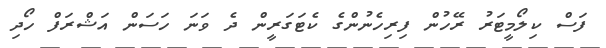
ފަސް ކިލޯމީޓަރު ރޭހުން ފިރިހެނުންގެ ކެޓަގަރީން ދެ ވަނަ ހަސަން އަޝްރަފް ހޯދި